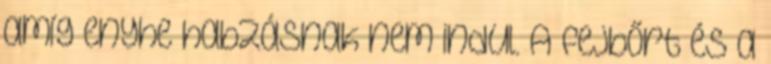
amíg enyhe habzásnak nem indul. A fejbőrt és a